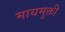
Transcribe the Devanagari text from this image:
मायमुक्ती